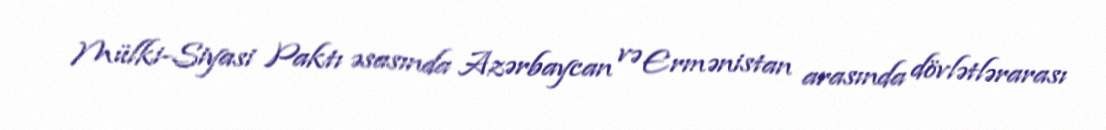
Mülki-Siyasi Paktı əsasında Azərbaycan və Ermənistan arasında dövlətlərarası